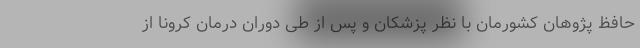
حافظ پژوهان کشورمان با نظر پزشکان و پس از طی دوران درمان کرونا از